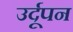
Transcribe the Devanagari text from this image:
उर्दूपन